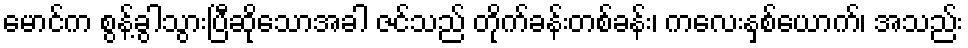
မောင်က စွန့်ခွါသွားပြီဆိုသောအခါ ဇင်သည် တိုက်ခန်းတစ်ခန်း၊ ကလေးနှစ်ယောက်၊ အသည်း